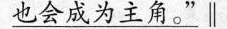
也会成为主角。”∥